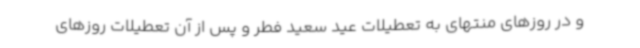
و در روزهای منتهای به تعطیلات عید سعید فطر و پس از آن تعطیلات روزهای